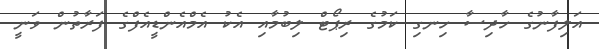
އަލިފާނުގެ ހާދިސާ ހިނގި ކަމުގެ ރިޕޯޓް ލިބުމާއި އެކު އެމްއެންޑީއެފްގެ ފަރާތުން ވަނީ